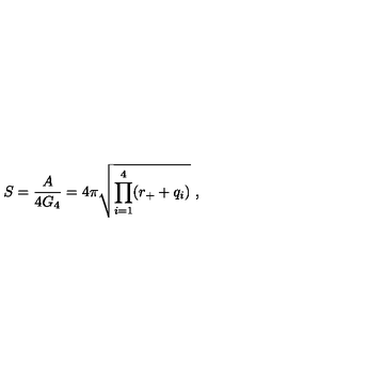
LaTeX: S = { \frac { A } { 4 G _ { 4 } } } = 4 \pi \sqrt { \prod _ { i = 1 } ^ { 4 } ( r _ { + } + q _ { i } ) } \ ,